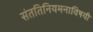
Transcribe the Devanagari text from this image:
संततिनियमनाविषयी